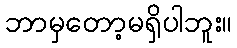
ဘာမှတော့မရှိပါဘူး။